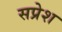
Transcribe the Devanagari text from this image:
सप्रेश